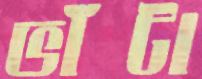
ভাঁটা